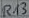
Text: R13